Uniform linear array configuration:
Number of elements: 64
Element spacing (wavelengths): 1
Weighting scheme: hamming
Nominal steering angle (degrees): -15
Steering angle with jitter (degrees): -14.323
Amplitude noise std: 0.05
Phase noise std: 0.05

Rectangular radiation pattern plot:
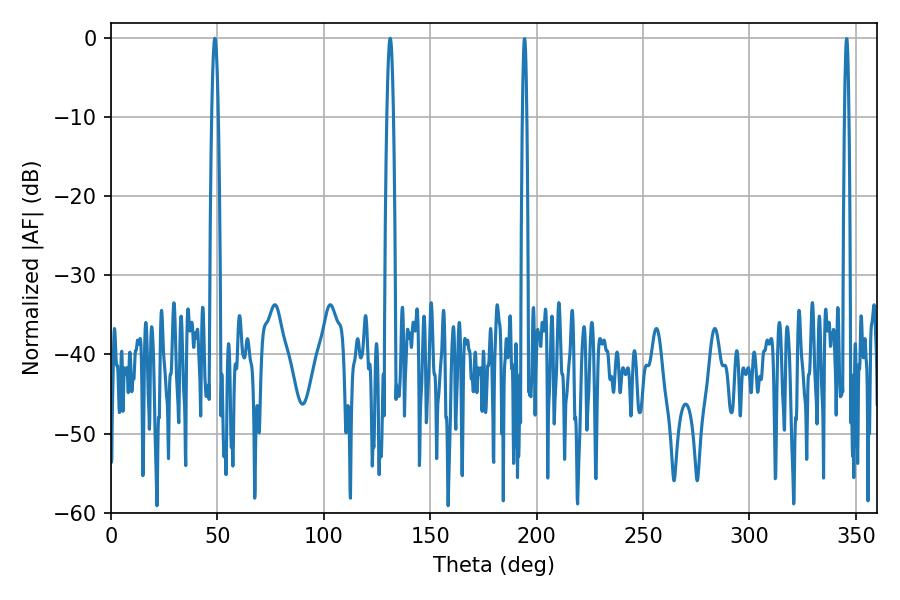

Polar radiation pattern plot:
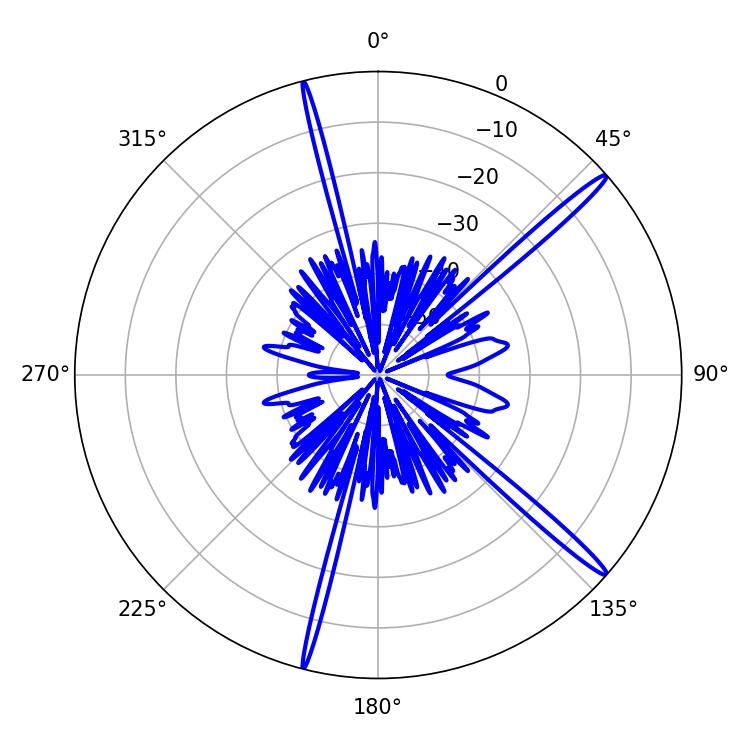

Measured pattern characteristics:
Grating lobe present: TRUE
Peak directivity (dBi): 17.16
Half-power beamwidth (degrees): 1.62
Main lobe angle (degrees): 48.78